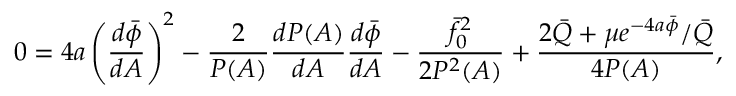
0 = 4 a \left( \frac { d \bar { \phi } } { d A } \right) ^ { 2 } - \frac { 2 } { P ( A ) } \frac { d P ( A ) } { d A } \frac { d \bar { \phi } } { d A } - \frac { \bar { f } _ { 0 } ^ { 2 } } { 2 P ^ { 2 } ( A ) } + \frac { 2 \bar { Q } + \mu e ^ { - 4 a \bar { \phi } } / \bar { Q } } { 4 P ( A ) } ,